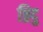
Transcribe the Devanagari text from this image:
ब्रिदु